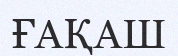
ҒАҚАШ